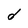
Character: d